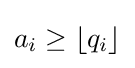
a_{i}\geq \lfloor q_{i}\rfloor